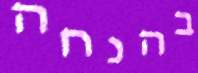
בהנחה